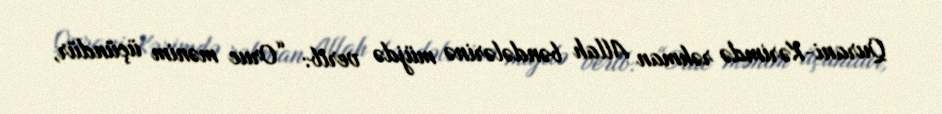
Qurani-Kərimdə rəhman Allah bəndələrinə müjdə verib: “Oruc mənim üçündür,